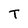
Character: T